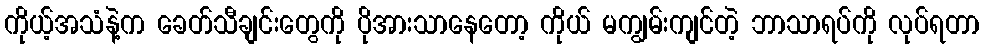
ကိုယ့်အသံနဲ့က ခေတ်သီချင်းတွေကို ပိုအားသာနေတော့ ကိုယ် မကျွမ်းကျင်တဲ့ ဘာသာရပ်ကို လုပ်ရတာ